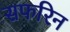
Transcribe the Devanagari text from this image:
सफरिन